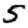
Digit: 5